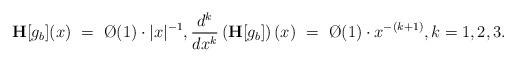
LaTeX: \begin{align*}{\bf H}[g_b](x)~=~\O(1)\cdot |x|^{-1},{d^k\over dx^k} \left({\bf H}[g_b]\right)(x)~=~\O(1)\cdot x^{-(k+1)},k=1,2,3.\end{align*}